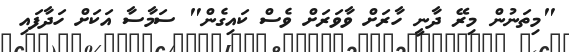
"މިތަނުން މިރޭ ދާނީ ހާރަށް ވާވަރަށް ވެސް ކައިގެން" ސަމާސާ އަކަށް ހަދާފައި